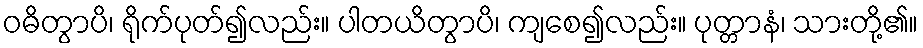
ဝဓိတွာပိ၊ ရိုက်ပုတ်၍လည်း။ ပါတယိတွာပိ၊ ကျစေ၍လည်း။ ပုတ္တာနံ၊ သားတို့၏။